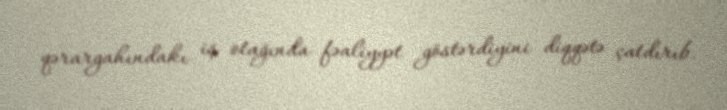
qərargahındakı iş otağında fəaliyyət göstərdiyini diqqətə çatdırıb.